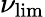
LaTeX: \nu_{\mathrm{lim}}